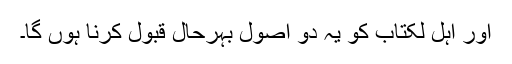
اور اہل لکتاب کو یہ دو اصول بہرحال قبول کرنا ہوں گا۔